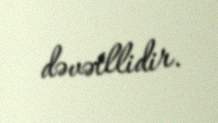
dəvətllidir.